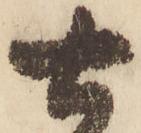
七